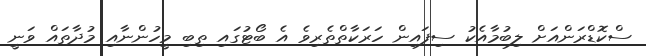
ސްކޮޑްރަންއަށް ލިބުމާއެކު ސިފައިން ހަރަކާތްތެރިވެ އެ ބޯޓުގައި ތިބި މީހުންނާއި މުދާތައް ވަނީ